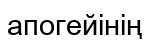
апогейінің